38_143685_box_Incident_Summaries_101-172
Agency: Department of War
Page 12
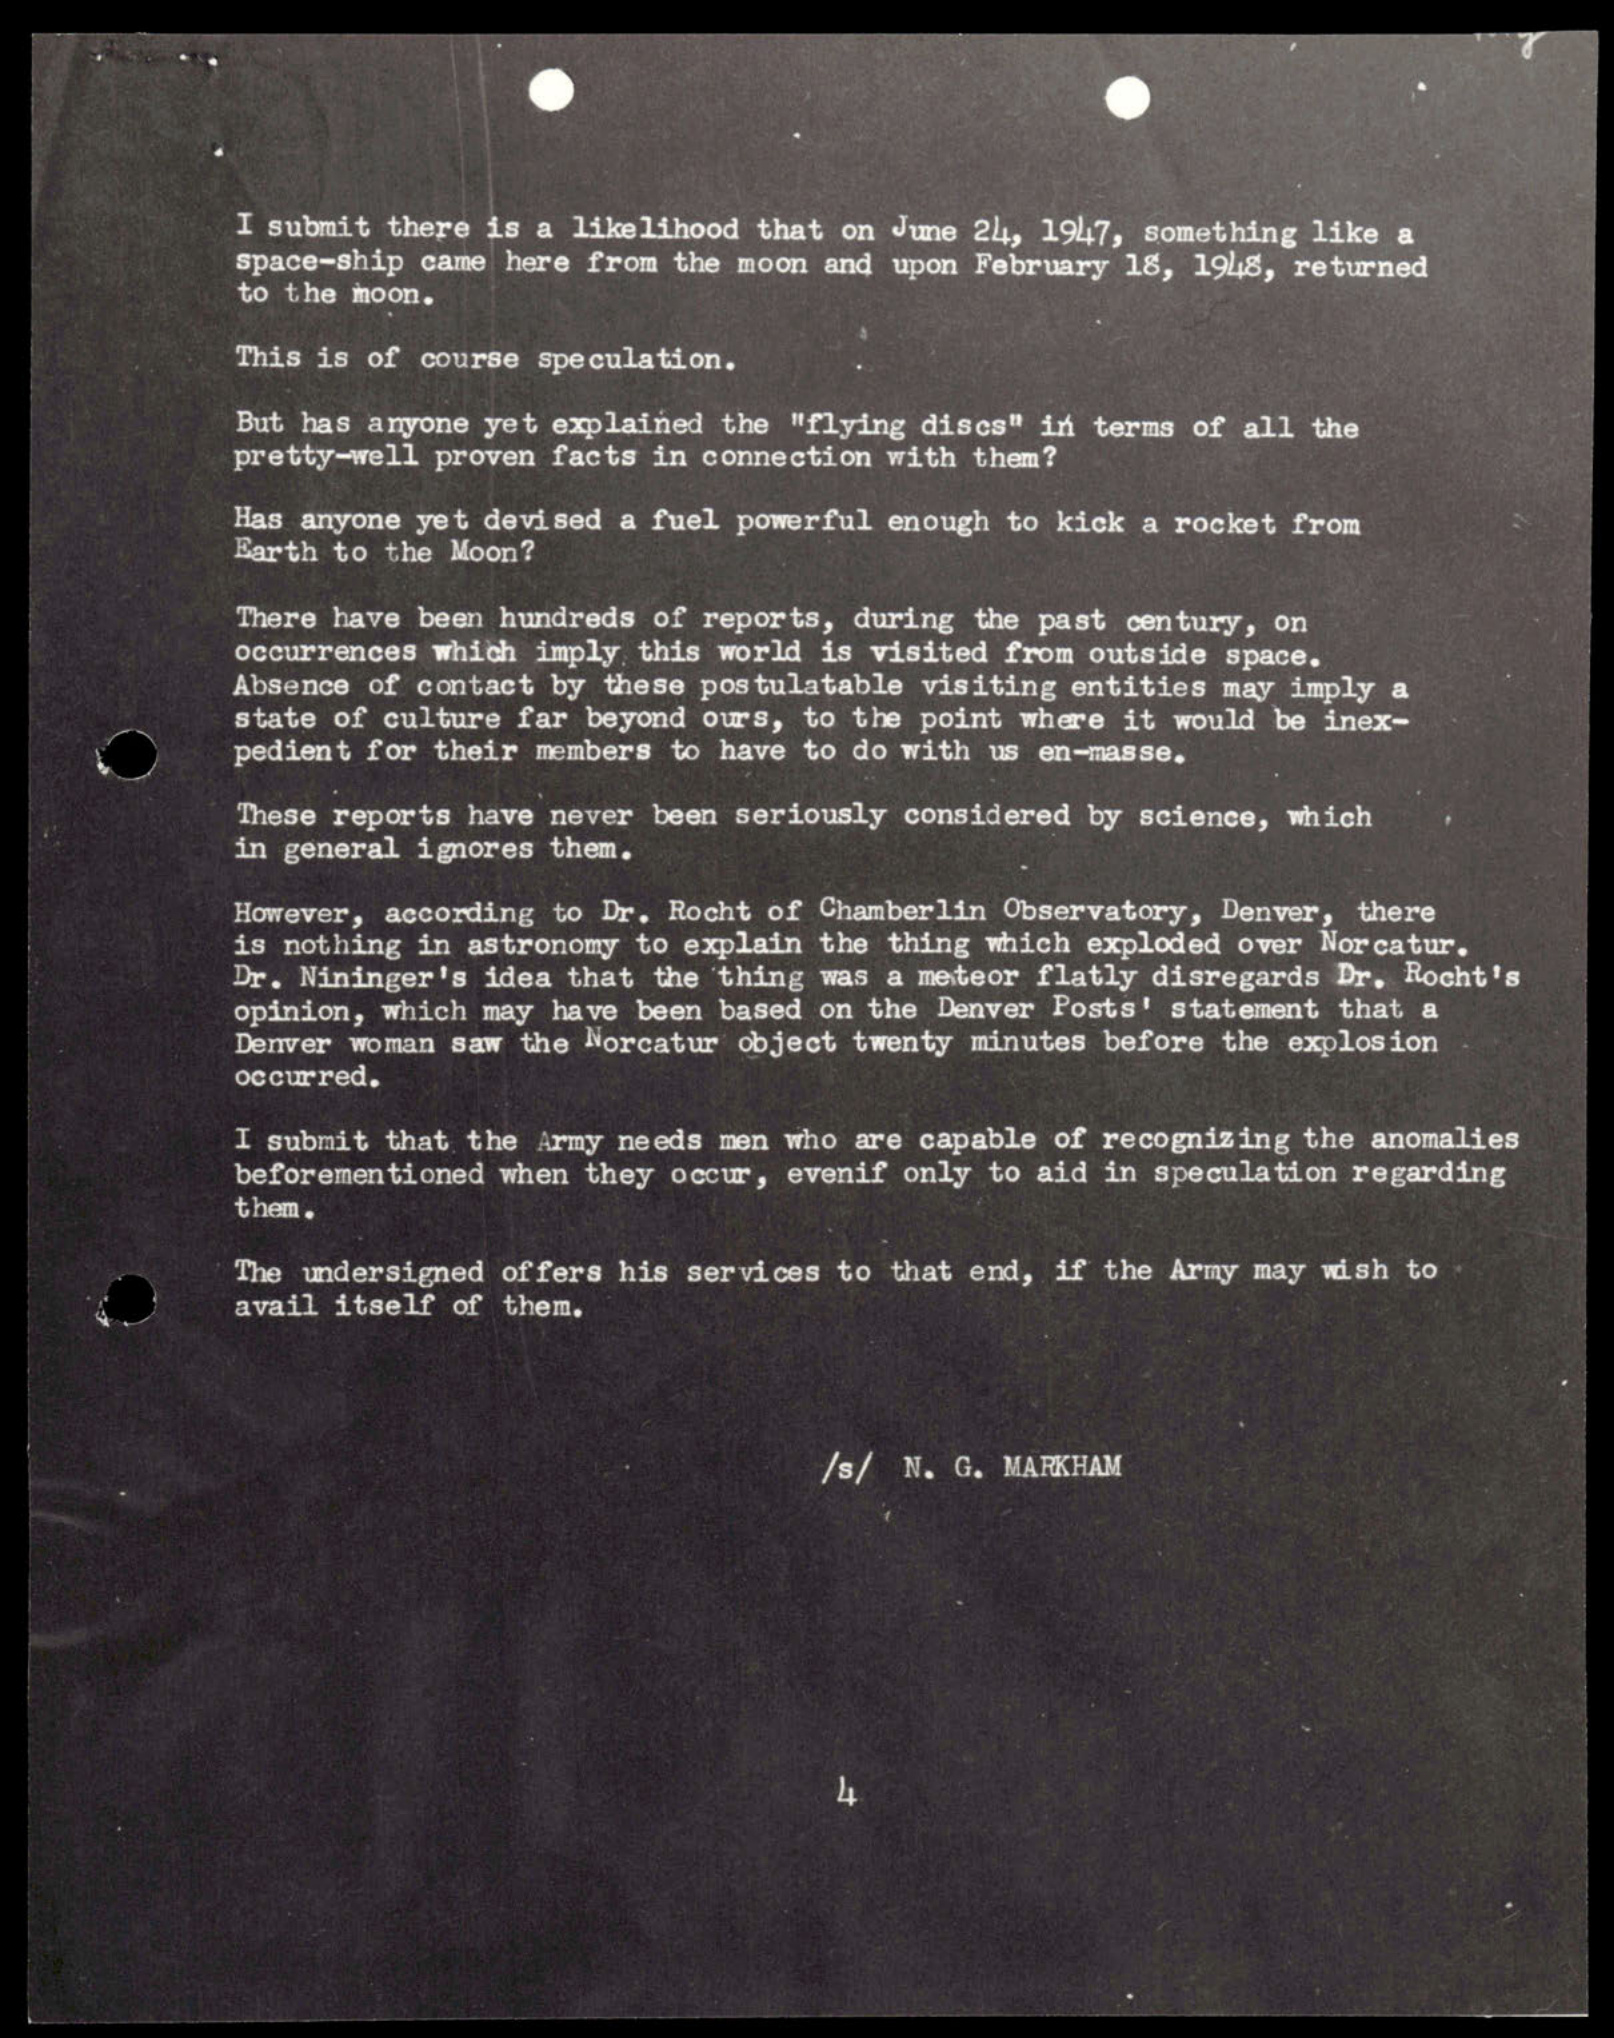